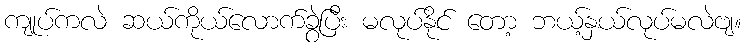
ကျုပ်ကလဲ ဆယ်ကိုယ်လောက်ခွဲပြီး မလုပ်နိုင် တော့ ဘယ့်နှယ်လုပ်မလဲဗျ။